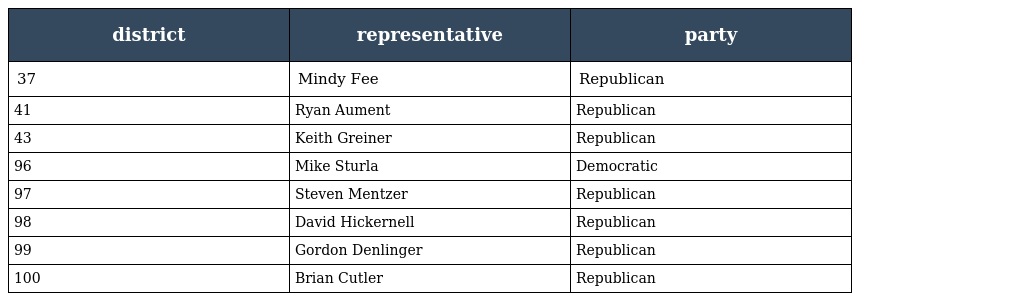
| district | representative | party |
 | --- | --- | --- |
 | 37 | Mindy Fee | Republican |
 | 41 | Ryan Aument | Republican |
 | 43 | Keith Greiner | Republican |
 | 96 | Mike Sturla | Democratic |
 | 97 | Steven Mentzer | Republican |
 | 98 | David Hickernell | Republican |
 | 99 | Gordon Denlinger | Republican |
 | 100 | Brian Cutler | Republican |